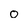
Character: 0